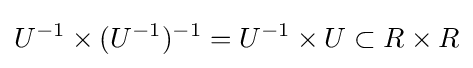
U^{-1}\times (U^{-1})^{-1}=U^{-1}\times U\subset R\times R